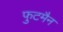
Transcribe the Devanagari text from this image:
फुटमैन